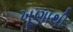
ખૂણાથી